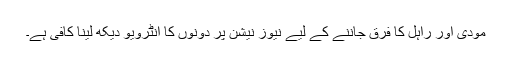
مودی اور راہل کا فرق جاننے کے لیے نیوز نیشن پر دونوں کا انٹرویو دیکھ لینا کافی ہے۔